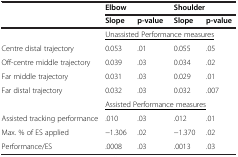
| <ROWSPAN=2>  | Elbow |  | Shoulder |  |
 | Slope | p-value | Slope | p-value |
 | --- | --- | --- | --- | --- |
 |  | <COLSPAN=4> <underline>Unassisted Performance measures</underline> |
 | Centre distal trajectory | 0.053 | .01 | 0.055 | .05 |
 | Off-centre middle trajectory | 0.039 | .03 | 0.034 | .02 |
 | Far middle trajectory | 0.031 | .03 | 0.029 | .01 |
 | Far distal trajectory | 0.032 | .03 | 0.032 | .007 |
 |  | <COLSPAN=4> <underline>Assisted Performance measures</underline> |
 | Assisted tracking performance | .010 | .03 | .012 | .01 |
 | Max. % of ES applied | −1.306 | .02 | −1.370 | .02 |
 | Performance/ES | .0008 | .03 | .0013 | .03 |